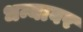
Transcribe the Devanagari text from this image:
धन्यावर